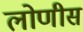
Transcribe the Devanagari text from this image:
लोणीस